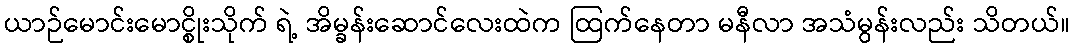
ယာဉ်မောင်းမောင္စိုးသိုက် ရဲ့ အိမ္ခန်းဆောင်လေးထဲက ထြက်နေတာ မနီလာ အသံမွန်းလည်း သိတယ်။